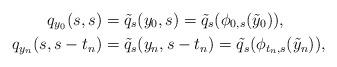
LaTeX: \begin{align*} q_{y_0}(s,s) &= \tilde{q}_s(y_0,s)= \tilde{q}_s(\phi_{0,s}(\tilde{y}_0)), \\ q_{y_n}(s,s-t_n) &= \tilde{q}_s(y_n,s-t_n) = \tilde{q}_s(\phi_{t_n,s}(\tilde{y}_n)),\end{align*}